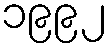
၁၉၉၂